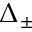
\Delta _ { \pm }